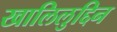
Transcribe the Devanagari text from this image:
खालिलुद्दिन